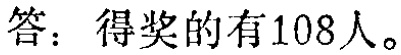
答：得奖的有108人。